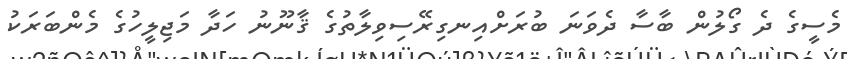
މެސީގެ ދެ ގޯލުން ބާސާ ދެވަނަ ބުރަށްއިނގިރޭސިވިލާތުގެ ޤާނޫނު ހަދާ މަޖިލީހުގެ މެންބަރަކު